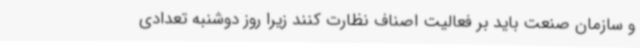
و سازمان صنعت باید بر فعالیت اصناف نظارت کنند زیرا روز دوشنبه تعدادی